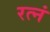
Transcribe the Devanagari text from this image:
रत्नं